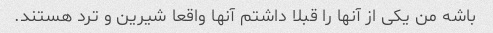
باشه من یکی از آنها را قبلا داشتم آنها واقعا شیرین و ترد هستند.